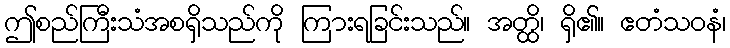
ဤစည်ကြီးသံအစရှိသည်ကို ကြားရခြင်းသည်။ အတ္ထိ၊ ရှိ၏။ ဧတံသဝနံ၊